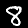
Digit: 8